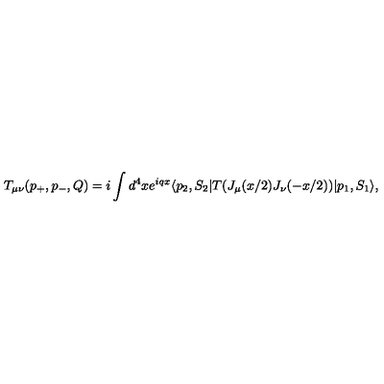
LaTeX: T _ { \mu \nu } ( p _ { + } , p _ { - } , Q ) = i \int d ^ { 4 } x e ^ { i q x } \langle p _ { 2 } , S _ { 2 } | T ( J _ { \mu } ( x / 2 ) J _ { \nu } ( - x / 2 ) ) | p _ { 1 } , S _ { 1 } \rangle ,